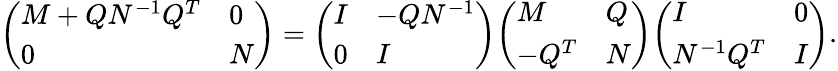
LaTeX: {\left(\begin{array}{ll}{M+QN^{-1}Q^{T}}&{0}\\ {0}&{N}\end{array}\right)}={\left(\begin{array}{ll}{I}&{-QN^{-1}}\\ {0}&{I}\end{array}\right)}{\left(\begin{array}{ll}{M}&{Q}\\ {-Q^{T}}&{N}\end{array}\right)}{\left(\begin{array}{ll}{I}&{0}\\ {N^{-1}Q^{T}}&{I}\end{array}\right)}.